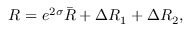
R = e ^ { 2 \sigma } \bar { R } + \Delta R _ { 1 } + \Delta R _ { 2 } ,